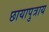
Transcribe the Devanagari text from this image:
छायापुत्राय